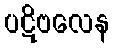
ပဋိဗလေန